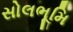
સોલભૂમિ